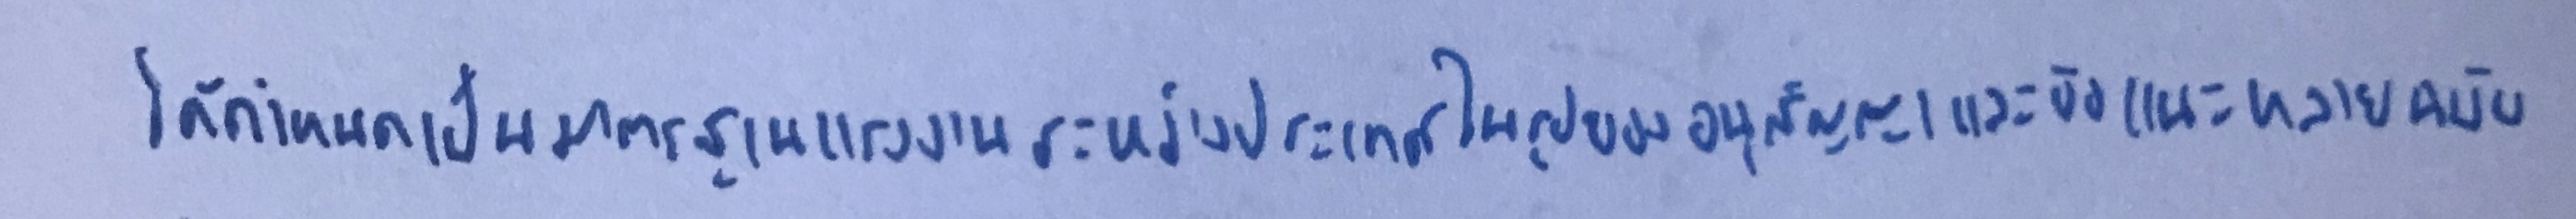
ได้กำหนดเป็นมาตรฐานแรงงานระหว่างประเทศในรูปของอนุสัญญาและข้อแนะหลายฉบับ